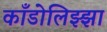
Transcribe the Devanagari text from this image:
काँडोलिझ्झा